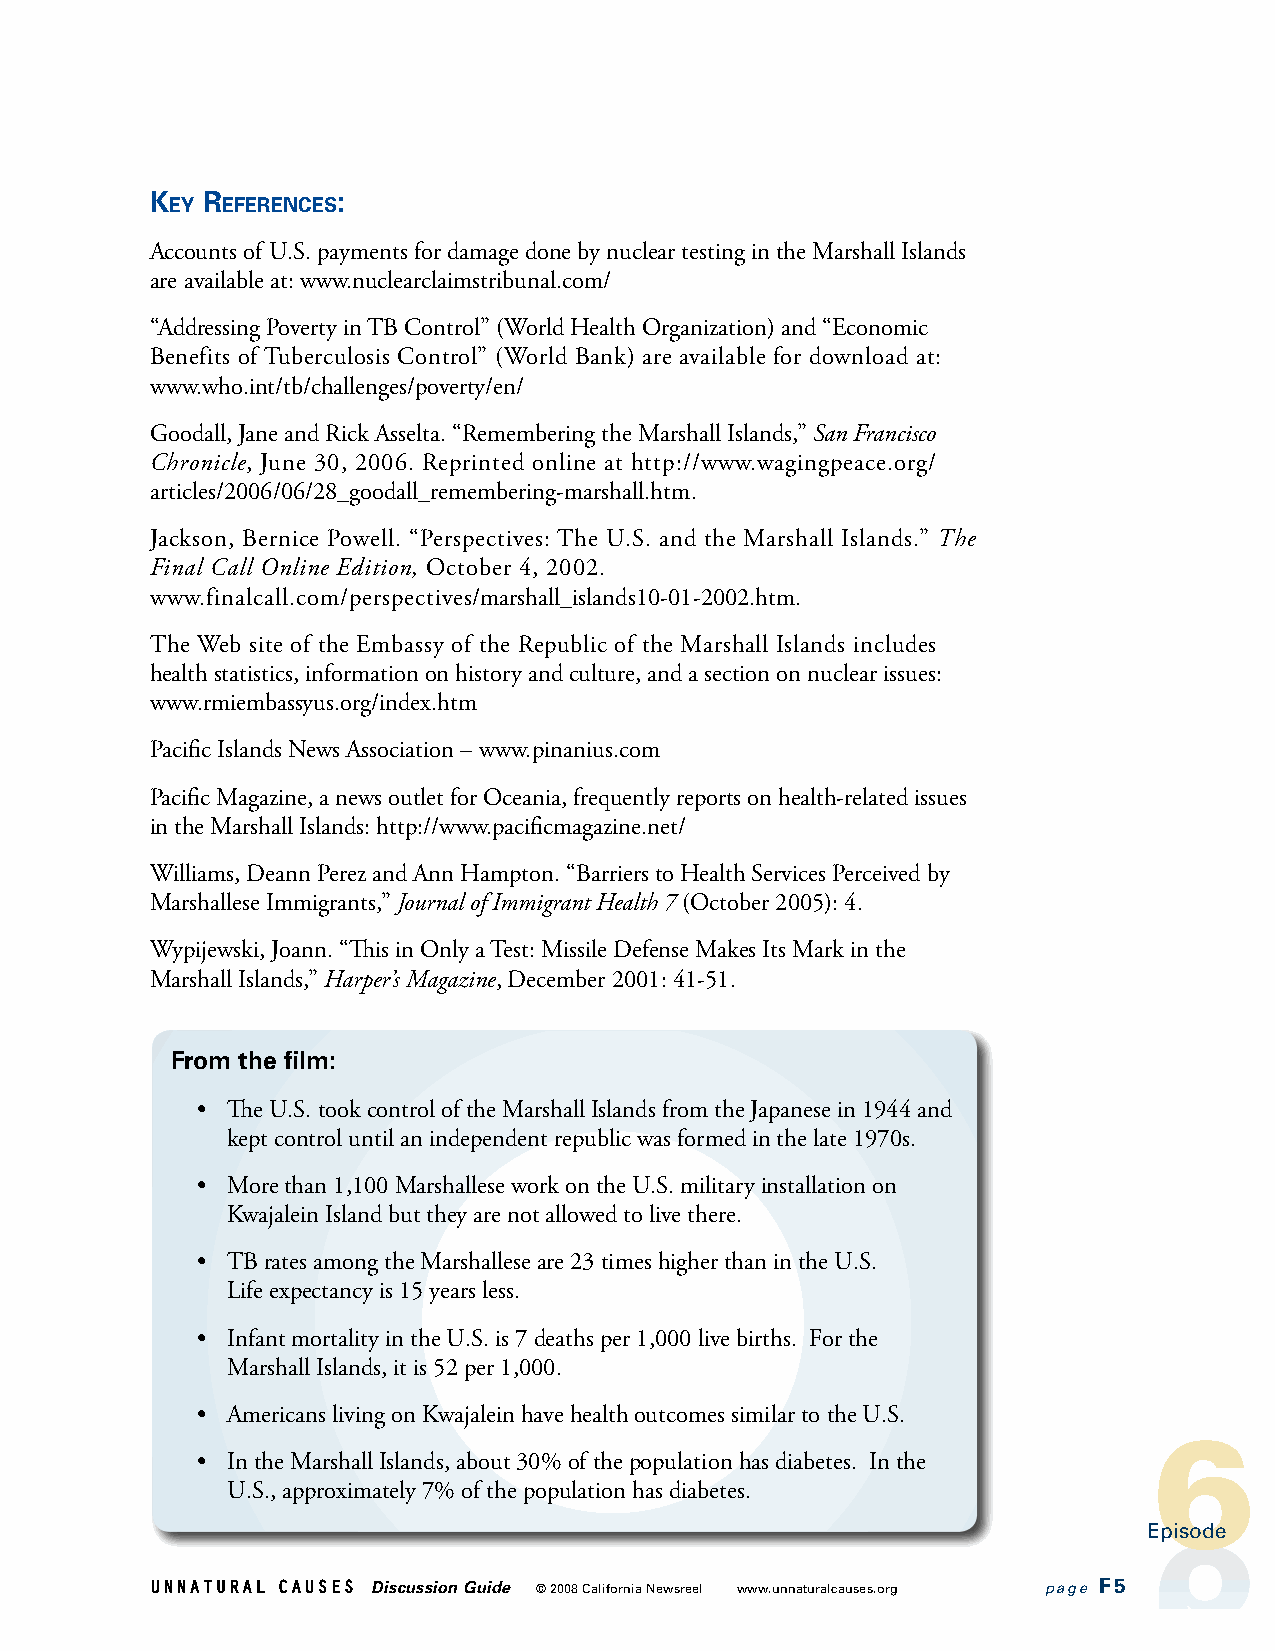
k  r        :
 eY  eferenCes
 Accounts of U.S. payments for damage done by nuclear testing in the Marshall Islands
 are available at: www.nuclearclaimstribunal.com/
 “Addressing Poverty in TB Control” (World Health Organization) and “Economic
 Benefits of Tuberculosis Control” (World Bank) are available for download at:
 www.who.int/tb/challenges/poverty/en/
 Goodall, Jane and Rick Asselta. “Remembering the Marshall Islands,” San Francisco
 Chronicle, June 30, 2006. Reprinted online at http://www.wagingpeace.org/
 articles/2006/06/28_goodall_remembering-marshall.htm.
 Jackson, Bernice Powell. “Perspectives: The U.S. and the Marshall Islands.” The
 Final Call Online Edition, October 4, 2002.
 www.finalcall.com/perspectives/marshall_islands10-01-2002.htm.
 The Web site of the Embassy of the Republic of the Marshall Islands includes
 health statistics, information on history and culture, and a section on nuclear issues:
 www.rmiembassyus.org/index.htm
 Pacific Islands News Association – www.pinanius.com
 Pacific Magazine, a news outlet for Oceania, frequently reports on health-related issues
 in the Marshall Islands: http://www.pacificmagazine.net/
 Williams, Deann Perez and Ann Hampton. “Barriers to Health Services Perceived by
 Marshallese Immigrants,” Journal of Immigrant Health 7 (October 2005): 4.
 Wypijewski, Joann. “This in Only a Test: Missile Defense Makes Its Mark in the
 Marshall Islands,” Harper’s Magazine, December 2001: 41-51.
 From the film:
 • The U.S. took control of the Marshall Islands from the Japanese in 1944 and
 kept control until an independent republic was formed in the late 1970s.
 • More than 1,100 Marshallese work on the U.S. military installation on
 Kwajalein Island but they are not allowed to live there.
 • TB rates among the Marshallese are 23 times higher than in the U.S.
 Life expectancy is 15 years less.
 • Infant mortality in the U.S. is 7 deaths per 1,000 live births. For the
 Marshall Islands, it is 52 per 1,000.
 • Americans living on Kwajalein have health outcomes similar to the U.S.
 • In the Marshall Islands, about 30% of the population has diabetes. In the
 U.S., approximately 7% of the population has diabetes.
 Episode   Episode   Episode    Episode   Episode Episode    Episode
 UNNATURAL CAUSES Discussion Guide © 2008 California Newsreel www.unnaturalcauses.org page F5